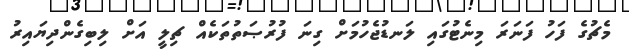
މެޗުގެ ފަހު ފަނަރަ މިނެޓުގައި ލަނޑުޖެހުމަށް ގިނަ ފުރުޞަތުތަކެއް ޗިލީ އަށް ލިބިގެންދިޔައިރު